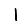
Digit: 1